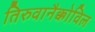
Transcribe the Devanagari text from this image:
तिरुवानैक्कोविल